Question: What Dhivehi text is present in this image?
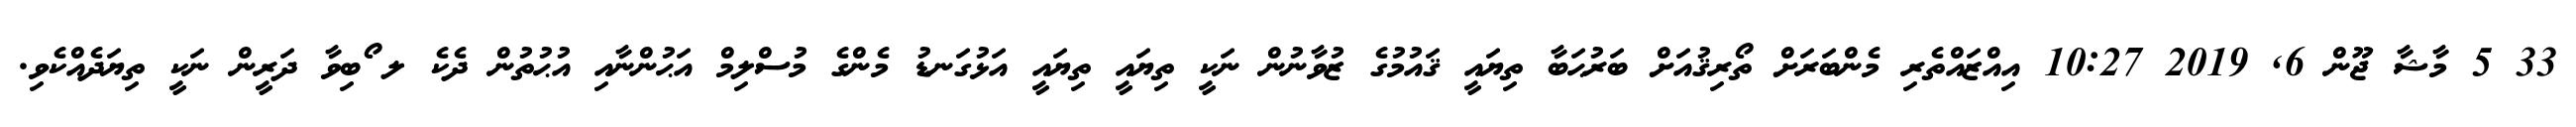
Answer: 33 5 މާޝާ ޖޫން 6, 2019 10:27 އިއްޒައްތެރި މެންބަރަށް ތޯރިޤުއަށް ބަރުޙަބާ ތިޔައީ ޤައުމުގެ ޒުވާނުން ނަކީ ތިޔައީ ތިޔައީ އަޅުގަނޑު މެންގެ މުސްލިމް އަޙުންނާއި އުޙުތުން ދެކެ ލ ޯބިވާ ދަރީން ނަކީ ތިޔަދެއްކެވި.